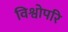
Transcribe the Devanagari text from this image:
विश्वोपरि